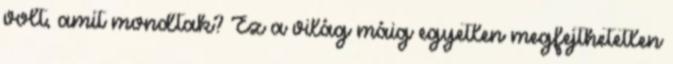
volt, amit mondtak? Ez a világ máig egyetlen megfejthetetlen